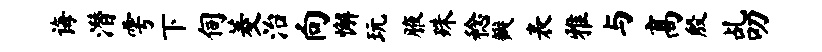
诲潜雩下伺菱治向懈玩腋殊稔瓣表雅与高殷乩叨